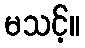
မသင့်။